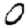
Digit: 0